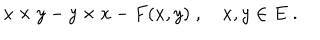
x \times y - y \times x - F ( x , y ) \; , \quad x , y \in E \; .